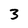
Character: 3